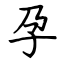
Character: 孕